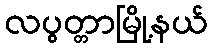
လပွတ္တာမြို့နယ်